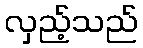
လှည့်သည်